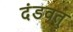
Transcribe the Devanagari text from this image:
दंडवत्‌